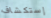
إستكشاف